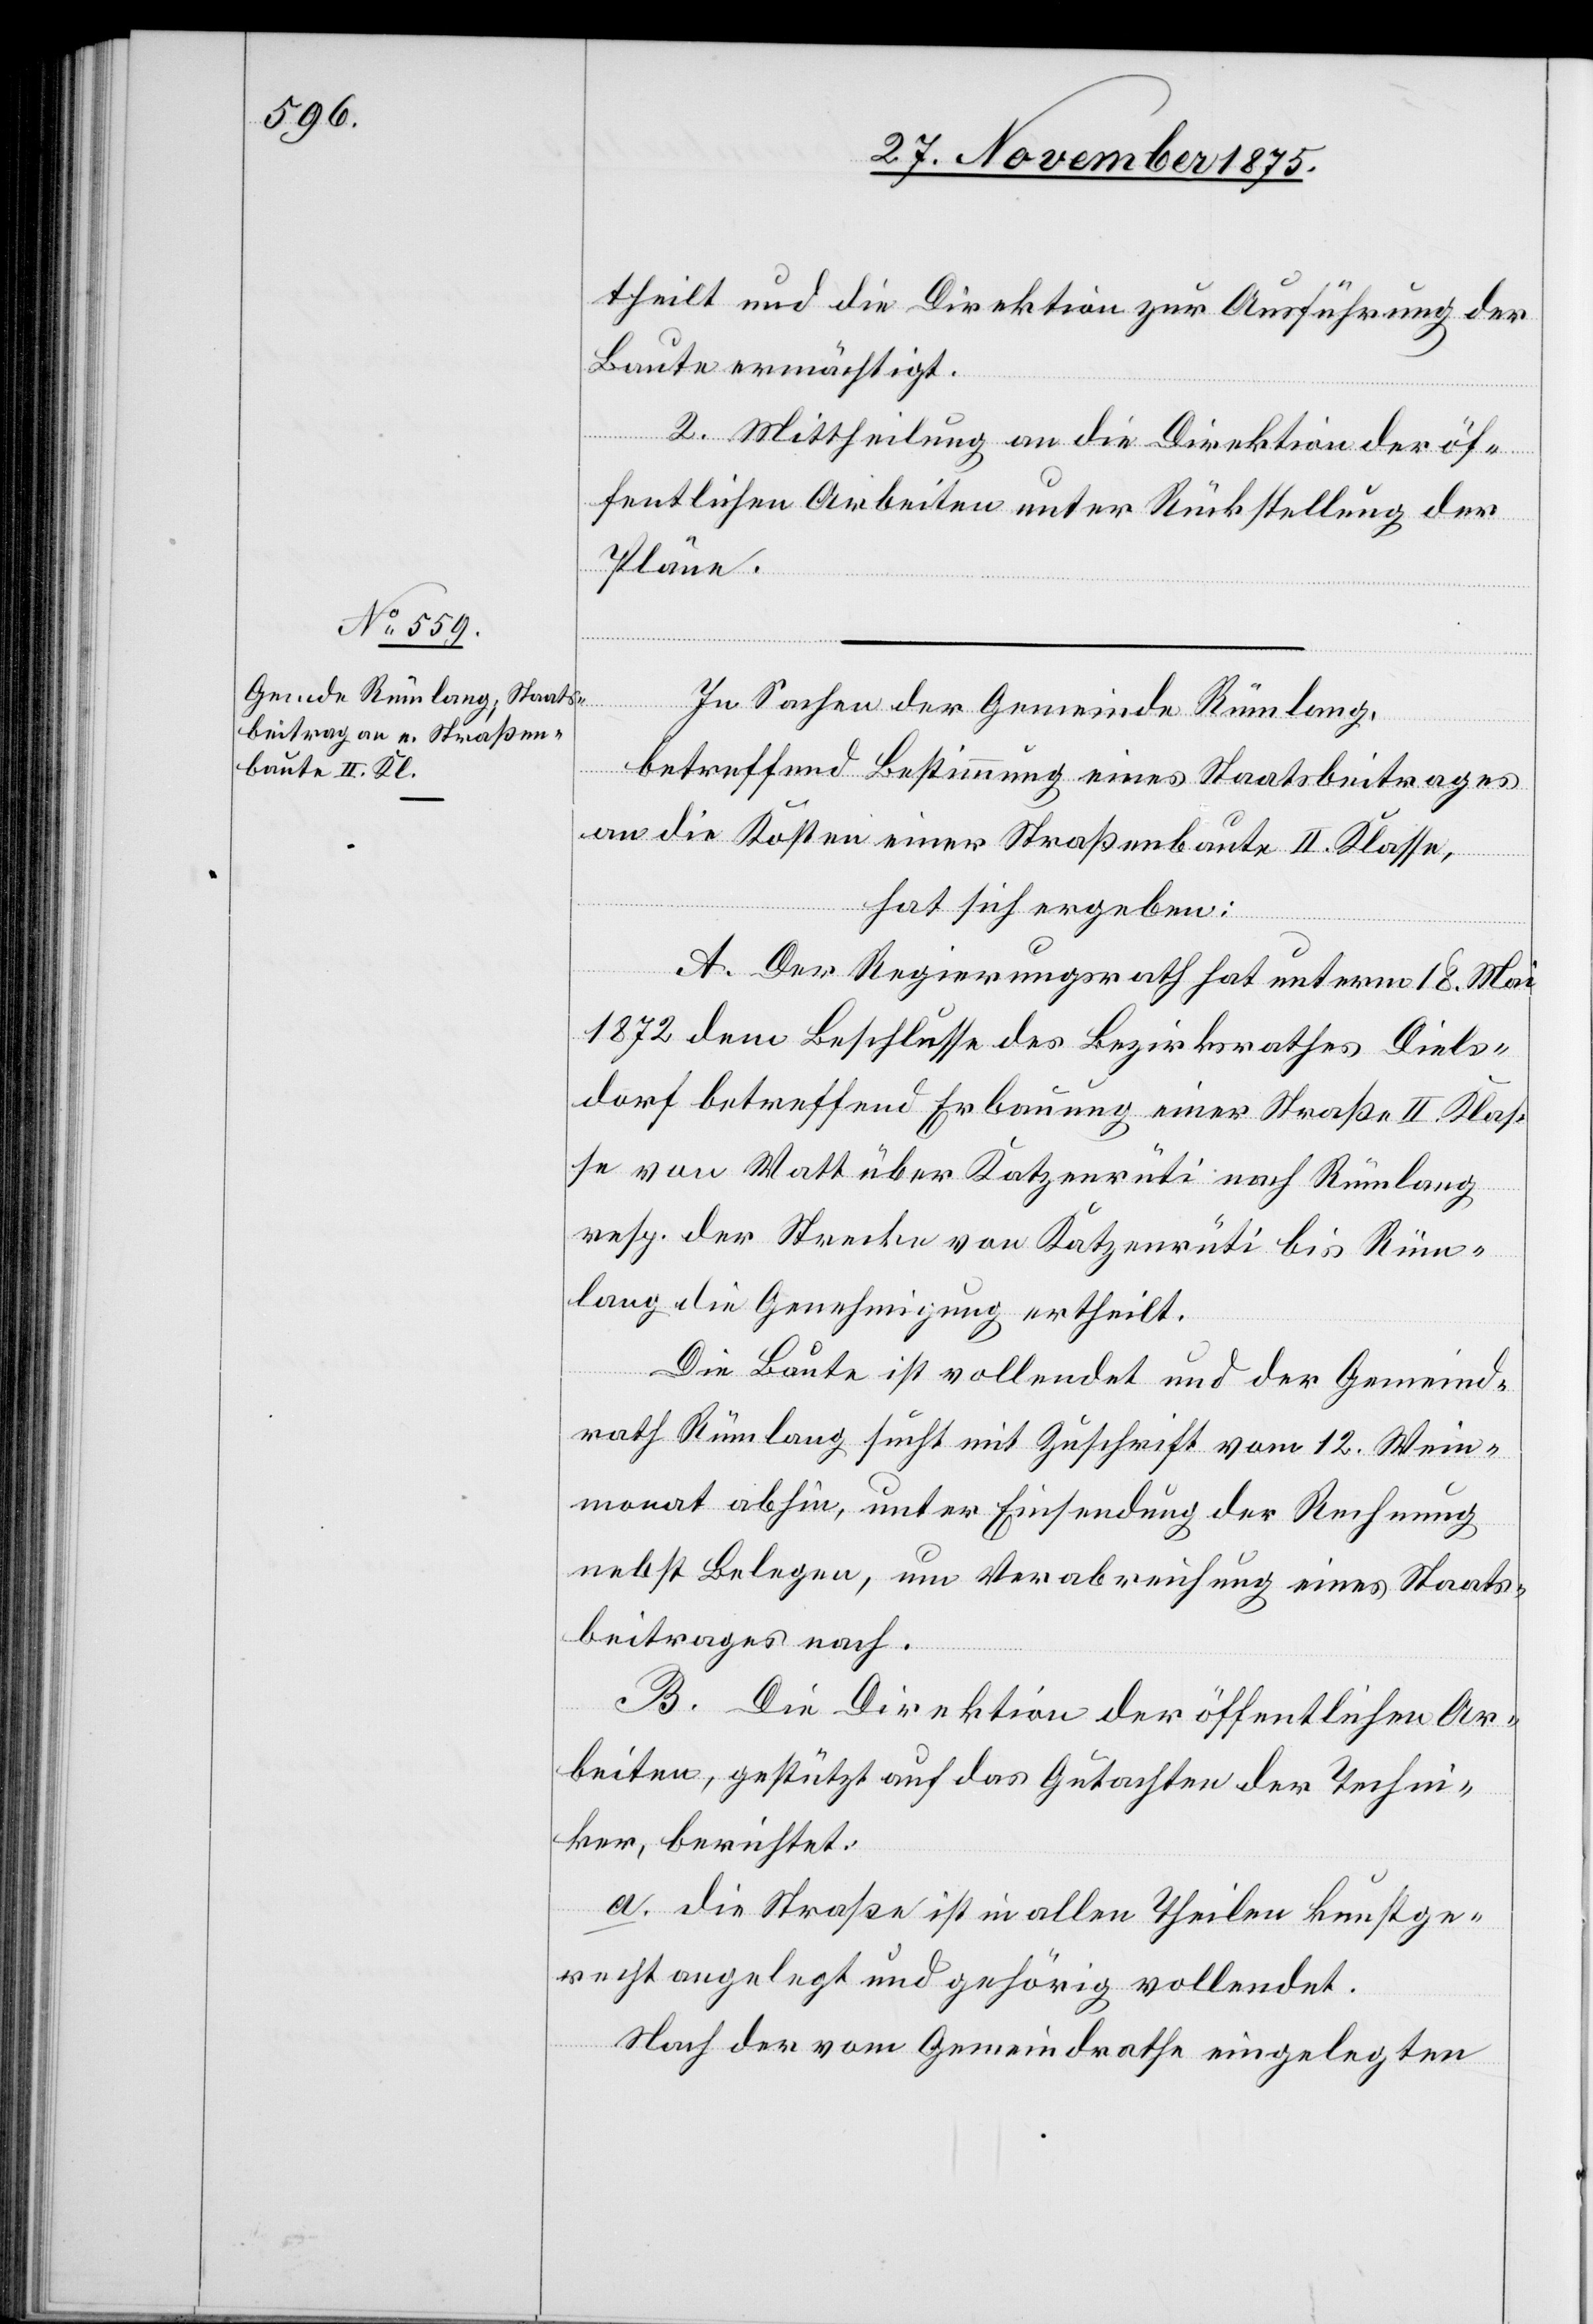
theilt und die Direktion zur Ausführung der
Baute ermächtigt.
2. Mittheilung an die Direktion der öf¬
fentlichen Arbeiten unter Rückstellung der
Pläne.
In Sachen der Gemeinde Rümlang,
betreffend Bestimmung eines Staatsbeitrages
an die Kosten einer Straßenbaute II. Klasse,
hat sich ergeben:
A. Der Regierungsrath hat unterm 18. Mai
1872 dem Beschlusse des Bezirksrathes Diels¬
dorf betreffend Erbauung einer Straße II. Klas¬
se von Watt über Katzenrüti nach Rümlang
resp. der Strecke von Katzenrüti bis Rüm¬
lang die Genehmigung ertheilt.
Die Baute ist vollendet und der Gemeind¬
rath Rümlang sucht mit Zuschrift vom 12. Wein¬
monat abhin, unter Einsendung der Rechnung
nebst Belegen, um Verabreichung eines Staats¬
beitrages nach.
B. Die Direktion der öffentlichen Ar¬
beiten, gestützt auf das Gutachten der Techni¬
ker, berichtet:
a. die Straße ist in allen Theilen kunstge¬
recht angelegt und gehörig vollendet.
Nach der vom Gemeindrathe eingelegten